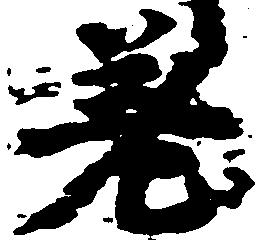
差